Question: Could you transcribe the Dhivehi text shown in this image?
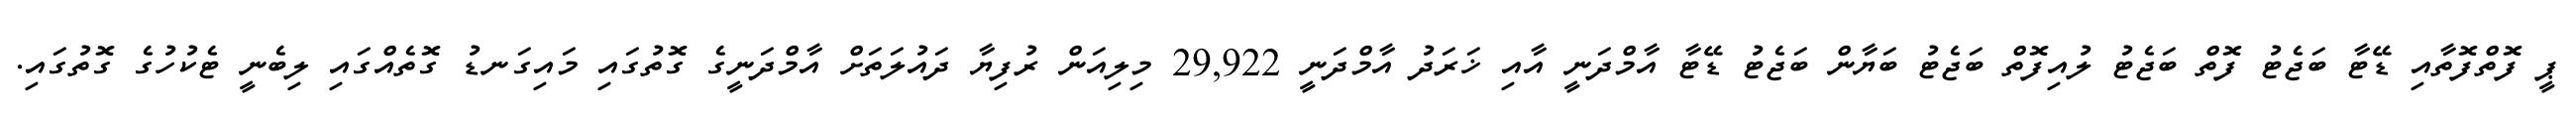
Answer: ޕީ ފޮތްފޮތާއި ޑޭޓާ ބަޖެޓު ފޮތް ބަޖެޓު ލުއިފޮތް ބަޖެޓު ބަޔާން ބަޖެޓު ޑޭޓާ އާމްދަނީ އާއި ޚަރަދު އާމްދަނީ 29,922 މިލިއަން ރުފިޔާ ދައުލަތަށް އާމްދަނީގެ ގޮތުގައި މައިގަނޑު ގޮތެއްގައި ލިބެނީ ޓެކުހުގެ ގޮތުގައި.